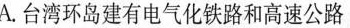
A.台湾环岛建有电气化铁路和高速公路